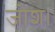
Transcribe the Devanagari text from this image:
जोश।